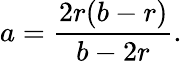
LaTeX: \displaystyle a={\frac{2r(b-r)}{b-2r}}.